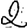
Digit: 2